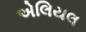
એલિયલ